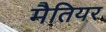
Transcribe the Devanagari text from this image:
मैतियर